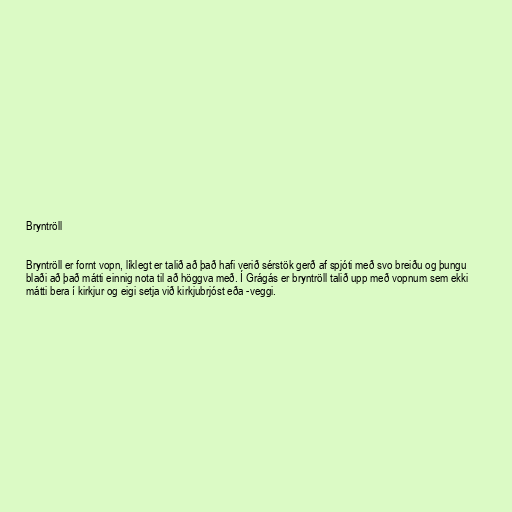
Bryntröll

Bryntröll er fornt vopn, líklegt er talið að það hafi verið sérstök gerð af spjóti með svo breiðu og þungu
blaði að það mátti einnig nota til að höggva með. Í Grágás er bryntröll talið upp með vopnum sem ekki
mátti bera í kirkjur og eigi setja við kirkjubrjóst eða -veggi.